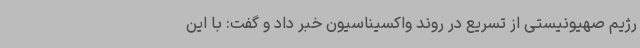
رژیم صهیونیستی از تسریع در روند واکسیناسیون خبر داد و گفت: با این